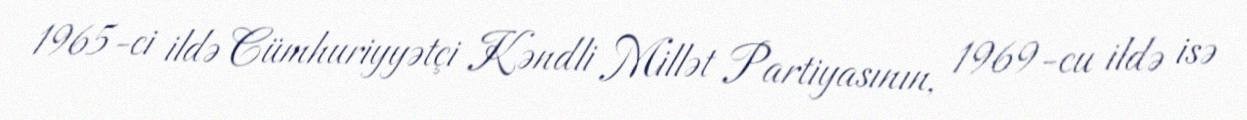
1965-ci ildə Cümhuriyyətçi Kəndli Millət Partiyasının, 1969-cu ildə isə